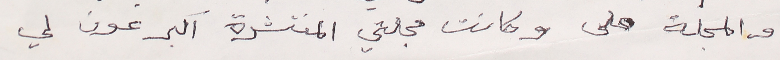
والمجلة على وكانت مجلتي المنتشرة اكبر عون لي